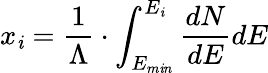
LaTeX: x_{\mathit{i}}=\frac{{1}}{{\Lambda}}\cdot\int_{E_{m\mathit{i}n}}^{E_{\mathit{i}}}\frac{{dN}}{{dE}}dE